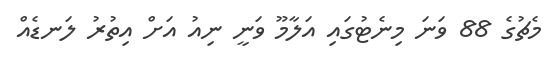
މެޗުގެ 88 ވަނަ މިނެޓުގައި އަލާމޫ ވަނީ ނިއު އަށް އިތުރު ލަނޑެއް